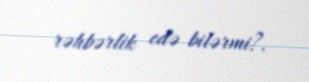
rəhbərlik edə bilərmi?.